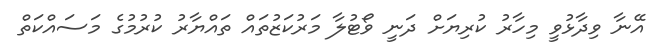
އޭނާ ވިދާޅުވީ މިހާރު ކުރިޔަށް ދަނީ ވޯޓުލާ މަރުކަޒުތައް ތައްޔާރު ކުރުމުގެ މަސައްކަތް